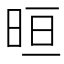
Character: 晅